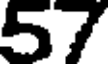
57